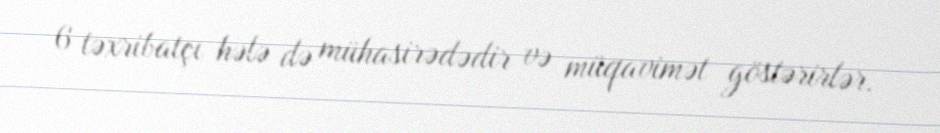
6 təxribatçı hələ də mühasirədədir və müqavimət göstərirlər.